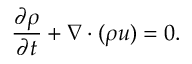
\frac { \partial \rho } { \partial t } + \boldsymbol { \nabla } \cdot ( \rho \boldsymbol { u } ) = 0 .